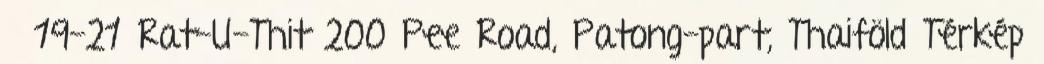
19-21 Rat-U-Thit 200 Pee Road, Patong-part, Thaiföld Térkép